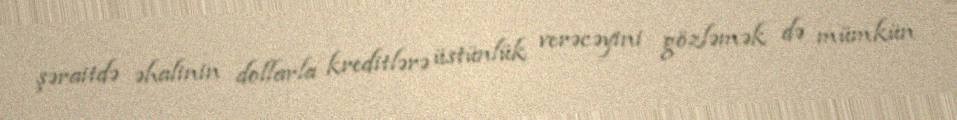
şəraitdə əhalinin dollarla kreditlərə üstünlük verəcəyini gözləmək də mümkün